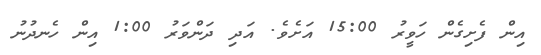
އިން ފެށިގެން ހަވީރު 15:00 އަށެވެ. އަދި ދަންވަރު 1:00 އިން ހެނދުނު